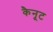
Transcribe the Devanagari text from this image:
कैनूट